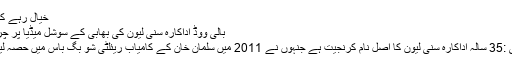
خیال رہے کہ جیا
بالی ووڈ اداکارہ سنی لیون کی بھابی کے سوشل میڈیا پر چرچے
ممبئی :35 سالہ اداکارہ سنی لیون کا اصل نام کرنجیت ہے جنہوں نے 2011 میں سلمان خان کے کامیاب ریئلٹی شو بگ باس میں حصہ لیا تھا۔